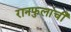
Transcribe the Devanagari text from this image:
रानफुलांची